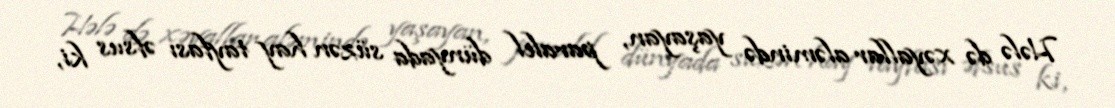
Hələ də xəyallar aləmində yaşayan, paralel dünyada süzən hay tayfası əfsus ki,